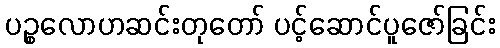
ပဉ္စလောဟဆင်းတုတော် ပင့်ဆောင်ပူဇော်ခြင်း